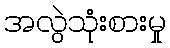
အလွဲသုံးစားမှု